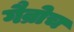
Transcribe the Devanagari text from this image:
गैव्रोच